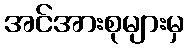
အင်အားစုများမှ